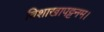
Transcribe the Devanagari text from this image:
विशाखापट्टनम।